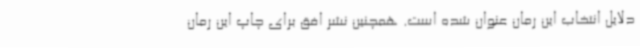
دلایل انتخاب این رمان عنوان شده است. همچنین نشر افق برای چاپ این رمان